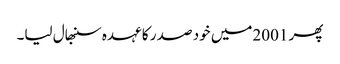
پھر 2001میں خود صد ر کا عہدہ سنبھال لیا۔